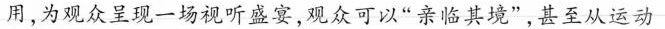
用,为观众呈现一场视听盛宴,观众可以“亲临其境”,甚至从运动